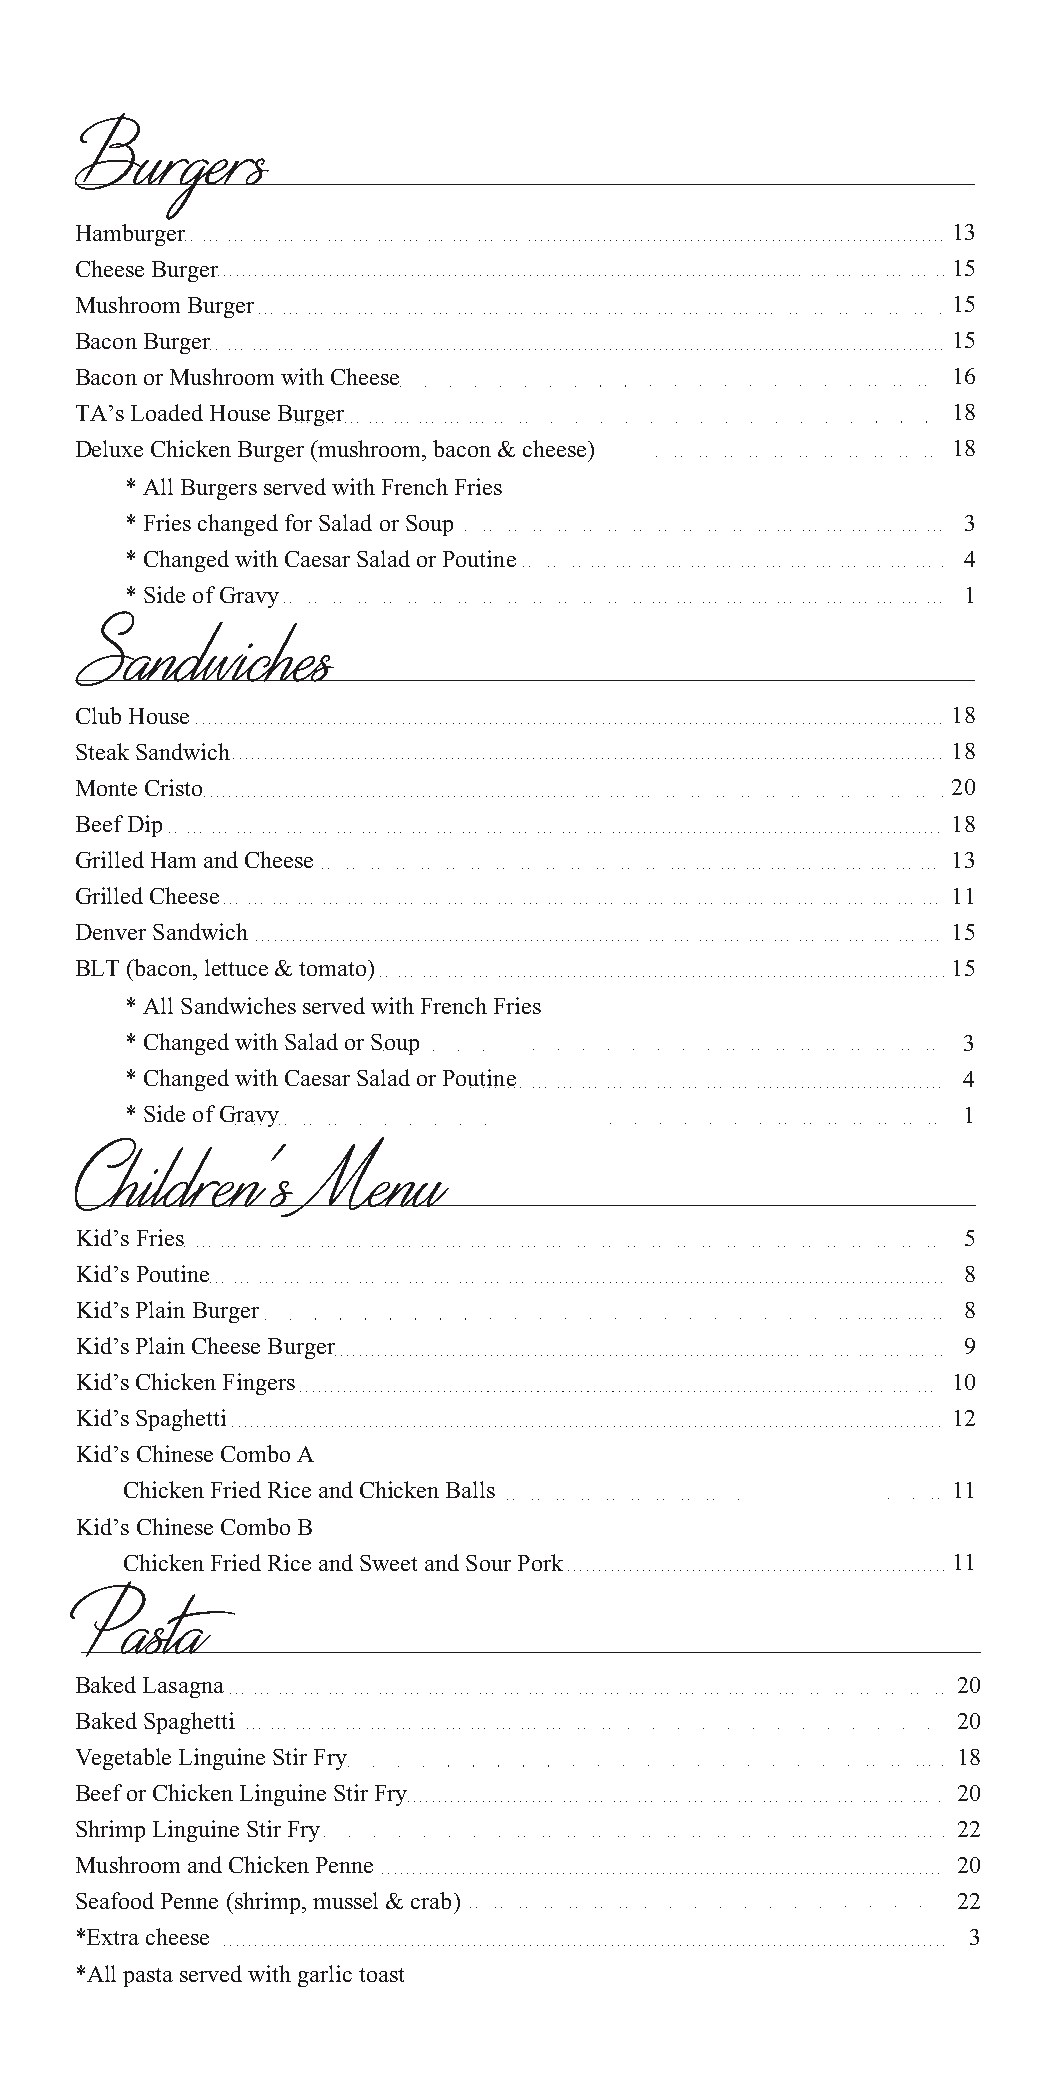
Burgers
 Hamburger                                                 13
 Cheese Burger                                             15
 Mushroom Burger                                           15
 Bacon Burger                                              15
 Bacon or Mushroom with Cheese                             16
 TA’s Loaded House Burger                                  18
 Deluxe Chicken Burger (mushroom, bacon & cheese)          18
 * All Burgers served with French Fries
 * Fries changed for Salad or Soup                       3
 * Changed with Caesar Salad or Poutine                  4
 * Side of Gravy                                         1
 Sandwiches
 Club House                                                18
 Steak Sandwich                                            18
 Monte Cristo                                              20
 Beef Dip                                                  18
 Grilled Ham and Cheese                                    13
 Grilled Cheese                                            11
 Denver Sandwich                                           15
 BLT (bacon, lettuce & tomato)                             15
 * All Sandwiches served with French Fries
 * Changed with Salad or Soup                            3
 * Changed with Caesar Salad or Poutine                  4
 * Side of Gravy                                         1
 Children’s      Menu
 Kid’s Fries                                                5
 Kid’s Poutine                                              8
 Kid’s Plain Burger                                         8
 Kid’s Plain Cheese Burger                                  9
 Kid’s Chicken Fingers                                     10
 Kid’s Spaghetti                                           12
 Kid’s Chinese Combo A
 Chicken Fried Rice and Chicken Balls                   11
 Kid’s Chinese Combo B
 Chicken Fried Rice and Sweet and Sour Pork             11
 Pasta
 Baked Lasagna                                             20
 Baked Spaghetti                                           20
 Vegetable Linguine Stir Fry                               18
 Beef or Chicken Linguine Stir Fry                         20
 Shrimp Linguine Stir Fry                                  22
 Mushroom and Chicken Penne                                20
 Seafood Penne (shrimp, mussel & crab)                     22
 *Extra cheese                                              3
 *All pasta served with garlic toast